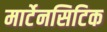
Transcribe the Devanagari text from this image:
मार्टेनसिटिक